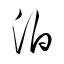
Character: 泊